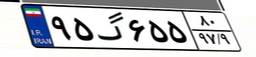
۹۵گ۶۵۵۸۰